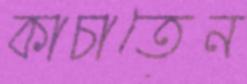
কাচাতেন